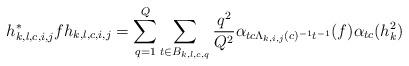
LaTeX: \begin{align*}h_{k,l,c,i,j}^* fh_{k,l,c,i,j}&= \sum_{q=1}^Q \sum_{t\in B_{k,l,c,q}} \frac{q^2}{Q^2} \alpha_{tc\Lambda_{k,i,j} (c)^{-1} t^{-1} } (f) \alpha_{tc} (h_k^2 )\end{align*}